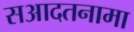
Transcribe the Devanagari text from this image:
सआदतनामा